Calcutta medical institutions reports 1892-1900
Year: 1892
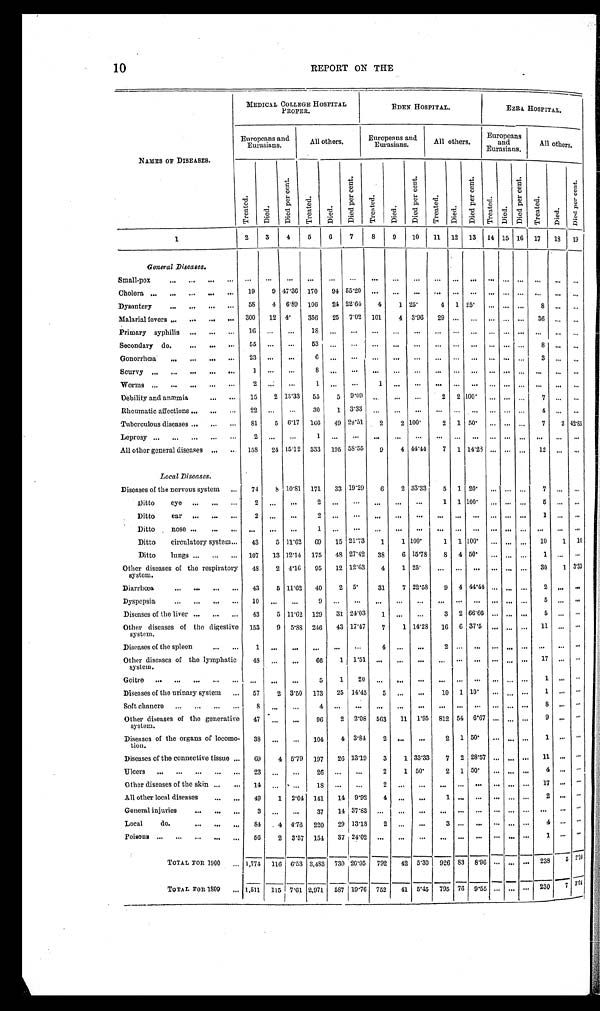
10
REPORT ON THE
NAMES OF DISEASES.
MEDICAL COLLEGE HOSPITAL
PROPER.
EDEN HOSPITAL.
EZRA HOSPITAL.
Europeans and Eurasians.
All others.
Europeans and
Eurasians.
All others.
Europeans and Eurasi ans.
All others.
T r e a t e d . Di ed.
Died per cent.
Tr e a t e d.
Di ed.
D i e d p e r c e n t .
T r e a t e d . Di ed.
D i e d p e r c e n t .
Tr e a t e d.
D i e d .
D i e d p e r c e n t .
T r e a t e d .
D i e d . D i e d p e r c e n t .
Treated. Di ed.
D i e d p e r c e n t .
1
2 3
4 5 6 7
8 9
1 0
11 12 13 14 15 16 17 18 19
General Diseases.
Small-pox
. . .
. . . ... ...
. . . ...
. . . . . .
. . .
. . . . . .
. . . ... ... ... . . .
. . .
. . .
Cholera
1 9
9
4 7 · 3 6
1 7 0
9 4
5 5 · 2 0 . . .
. . .
. . .
. . . . . .
. . . ... ... ...
. . .
. . .
. . .
Dysentery
5 8
4
6 · 8 9
1 0 6
2 4
2 2 · 6 4
4
1
2 5 ·
4 1
2 5 · ... ... ...
8 ... ...
Malarial fevers
3 0 0
1 2
4 ·
3 5 6
2 5
7 · 0 2
1 0 1
4
3 · 9 6
2 9 . . .
. . . ... ... ...
3 6 . . .
. . .
Primary syphilis
1 6 . . . ...
1 8 . . .
. . .
. . .
. . .
. . .
. . . . . .
. . . ... ... ... . . .
. . . ...
Secondary do.
5 5 . . . ...
5 3 . . . ...
. . . . . .
. . .
. . . . . .
. . . ... ... ...
8 . . .
. . .
Gonorrhœa
2 3 . . . ...
6 . . . ... ... ... ... ... ...
. . . ... ... ...
3 ... ...
Scurvy
1
. . . ...
8 ... . . .
. . . . . .
. . .
. . . . . .
. . . ... ... ... . . .
. . .
. . .
Worms
2 ... ...
1
. . . . . . 1
. . . ... ...
. . .
. . . ... ... ...
. . . ... ...
Debility and anæmia
1 5
2 13·33
5 5
5 9·09 ...
. . . ...
2
2 1 0 0 · ... ... ...
7 ... ...
Rheumatic affections
2 2 . . .
. . .
3 0
1 3·33
. . .
. . .
. . .
. . .
. . .
. . . ... ... ...
4 ... ...
Tuberculous diseases
8 1
5 6·17
1 6 6
4 9
2 9 · 5 1
2
2 100·
2 1 5 0 · ... ... ...
7
3
4 2 · 8 5
Leprosy
2
. . .
. . .
1 . . .
. . .
. . .
. . .
. . .
. . . . . .
. . . ... ... ... . . .
. . . . . .
All other general diseases
1 5 8
2 4 15·12
3 3 3
1 9 5
5 8 · 5 5
9
4 44·44
7 1
1 4 · 2 3 ... ... ...
1 2 . . .
. . .
L o c a l D i s e a s e s .
Diseases of the nervous system
7 4
8 10·81
1 7 1
3 3
1 9 · 2 9
6
2 33·33
5 1 2 0 · ... ... ...
7
. . . . . .
Ditto eye
2 . . .
. . .
2 ... ...
. . . . . .
. . .
1 1 1 0 0 · ... ... ...
5
. . . . . .
Ditto ear
2 . . .
. . .
2 ... ...
. . .
. . .
. . .
. . . . . .
. . . ... ... ...
1 . . . . . .
Ditto nose
. . .
. . .
. . .
1
. . .
. . . ...
. . . ... ...
. . .
. . . ... ... ...
. . . . . . . . .
Ditto circulatory system
4 3
5
1 1 · 6 2
6 9
1 5
2 1 · 7 3
1
1
1 0 0 ·
1 1 1 0 0 · ... ... ...
1 0
1
1 0
Ditto lungs
1 0 7
1 3
1 2 · 1 4
1 7 5
4 8
2 7 · 4 2
3 8
6
1 5 · 7 8
8 4 5 0 · ... ... ...
1 . . . . . .
Other diseases of the respiratory system.
4 8
2
4 · 1 6
9 5
1 2
1 2 · 6 3
4
1 2 5 ·
. . .
. . . . . . ... ... ...
3 0
1 3 · 3 3
Diarrhœa
4 3
5
1 1 · 6 2
4 0
2 5 ·
3 1
7
2 2 · 5 8
9 4
4 4 · 4 4 ... ... ...
2 . . . . . .
Dyspepsia
1 0 . . .
. . .
9
. . . . . . ...
. . .
... ...
. . .
. . .
... ... ...
5
. . . . . .
Diseases of the liver
4 3
5
1 1 · 6 2
1 2 9
3 1
2 4 · 0 3
1 . . .
. . .
3 2
6 6 · 6 6 ... ... ...
5 . . . . . .
Other diseases of the digestive system.
1 5 3
9
5 · 8 8
2 4 6
4 3
1 7 · 4 7
7
1 14·28
1 6 6 3 7 · 5 ... ... ...
1 1 . . . . . .
Diseases of the spleen
1
. . . ...
. . .
. . .
. . .
4
. . .
... 2
. . . . . . ... ... ...
. . . . . . . . .
Other diseases of the lymphatic system.
4 8 . . .
. . .
6 6
1
1 · 5 1 . . .
. . .
. . .
. . .
. . . . . . ... ... ...
1 7 . . . . . .
Goitre
. . .
. . .
. . .
5
1
2 0 . . .
. . .
. . .
. . .
. . . . . . ... ... ...
1
. . . . . .
Diseases of the urinary system
5 7
2 3·50
1 7 3
2 5
1 4 · 4 5
5 . . .
. . .
1 0 1 1 0 ·
... ... ...
1
. . . . . .
Soft chancre
8 . . .
. . .
4
. . .
. . .
. . .
. . .
. . .
. . .
. . . . . . ... ... ...
8
. . . . . .
Other diseases of the generative system.
4 7
. . . ...
9 6
2
2 · 0 8
5 6 3
1 1
1 · 9 5
8 1 2 5 4
6 · 6 7 ... ... ...
9 . . . . . .
Disenses of the organs of locomo-tion.
3 8 . . .
. . .
1 0 4
4
3 · 8 4
2 . . .
. . .
2 1 5 0 · ... ... ...
1 . . . . . .
Diseases of the connective tissue
6 9
4 5·79
1 9 7
2 6
1 3 · 1 9
3
1 33·33
7
2
2 8 · 5 7 ... ... ...
1 1 . . . . . .
Ulcers
2 3
. . . ...
2 6
. . .
. . .
2
1 50·
2 1 5 0 ·
... ... ...
4 . . . . . .
Other diseases of the skin
1 4
. . . ...
1 8
. . .
. . .
2
...
... ...
. . . . . . ... ... ...
1 7 . . . . . .
All other local diseases
4 9
1 2· 04
1 4 1
1 4
9 · 9 2
4 . . .
. . . 1
. . . . . . ... ... ...
2
. . . . . .
General injuries
3 . . .
. . .
3 7
1 4
3 7 · 8 3 . . . . . .
. . .
. . .
. . . . . . ... ... ...
. . .
. . . . . .
Local do.
8 4
4 4·76
2 2 0
2 9
1 3 · 1 8
2 . . .
. . . 3
. . . . . . ... ... ...
4
. . . . . .
Poisons
5 6
2 3· 57
1 5 4
3 7
2 4 · 0 2 . . . . . .
. . .
. . . ... . . . ... ... ...
1 . . . . . .
TOTAL FOR 1900
1 , 7 7 4
1 1 6
6 · 5 3
3 , 4 8 3
7 3 0
2 0 · 9 5
7 9 2
4 2
5 · 3 0
9 2 6 8 3
8 · 9 6 ... ... ...
2 3 8 5 2 · 1 0
TOTAL FOR 1899 1,511
1 1 5
7 · 6 1
2 , 9 7 1
5 8 7
1 9 · 7 6
7 5 2
4 1
5 · 4 5
7 9 5 7 6
9 · 5 5 ... ... ...
2 3 0 7
3 · 0 4